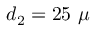
d _ { 2 } = 2 5 \ \mu